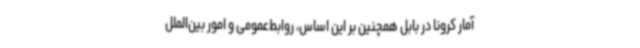
آمار کرونا در بابل همچنین بر این اساس، روابط‌عمومی و امور بین‌الملل